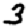
Digit: 3